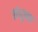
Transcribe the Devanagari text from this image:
संधूच्या